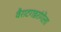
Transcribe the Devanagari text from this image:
वैराटगडरांगेला